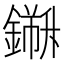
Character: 𨬁